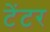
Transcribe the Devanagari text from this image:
टंेटर